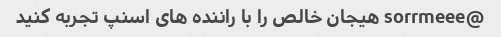
@sorrmeee هیجان خالص را با راننده های اسنپ تجربه کنید